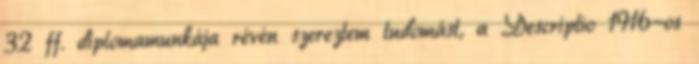
32 ff. diplomamunkája révén szereztem tudomást, a Descriptio 1916-os